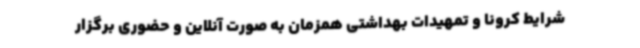
شرایط کرونا و تمهیدات بهداشتی همزمان به صورت آنلاین و حضوری برگزار